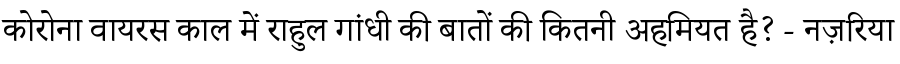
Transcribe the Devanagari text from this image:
कोरोना वायरस काल में राहुल गांधी की बातों की कितनी अहमियत है? - नज़रिया